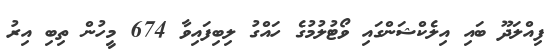
ފިއްލަދޫ ބައި އިލެކްޝަންގައި ވޯޓުލުމުގެ ހައްގު ލިބިފައިވާ 674 މީހުން ތިބި އިރު